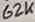
Text: 62K